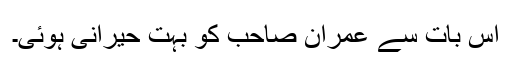
اس بات سے عمران صاحب کو بہت حیرانی ہوئی۔